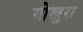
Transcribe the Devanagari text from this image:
गोखुरा